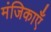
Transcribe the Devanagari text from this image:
मंजिकाएँ